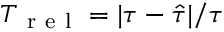
T _ { \mathrm { ~ r ~ e ~ l ~ } } = | \tau - \hat { \tau } | / \tau